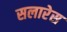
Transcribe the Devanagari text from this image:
सलारेस